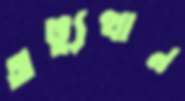
অভ্যুত্থান